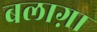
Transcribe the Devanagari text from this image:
बलाग़ा